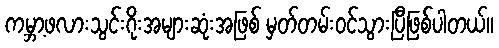
ကမ္ဘာ့ဖလားသွင်းဂိုးအများဆုံးအဖြစ် မှတ်တမ်းဝင်သွားပြီဖြစ်ပါတယ်။